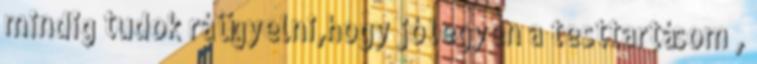
mindig tudok rá ügyelni,hogy jó legyen a testtartásom ,